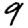
Digit: 9